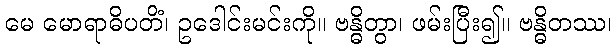
မေ မောရာဓိပတိံ၊ ဥဒေါင်းမင်းကို။ ဗန္ဓိတွာ၊ ဖမ်းပြီး၍။ ဗန္ဓိတဿ၊